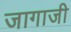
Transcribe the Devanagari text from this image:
जागाजी